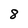
Character: 8